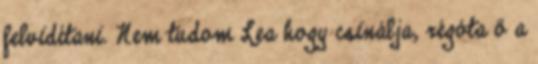
felvidítani. Nem tudom Lea hogy csinálja, régóta ő a